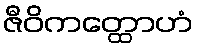
ဇီဝိကတ္ထောဟံ